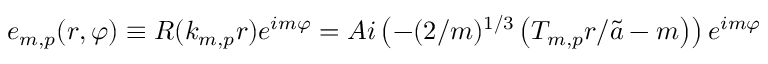
e _ { m , p } ( r , \varphi ) \equiv R ( k _ { m , p } r ) e ^ { i m \varphi } = A i \left( - ( 2 / m ) ^ { 1 / 3 } \left( T _ { m , p } r / \tilde { a } - m \right) \right) e ^ { i m \varphi }